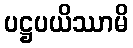
ပဋ္ဌပယိဿာမိ